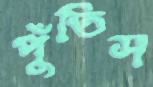
পুঁতিস